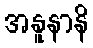
အနူနာနိ